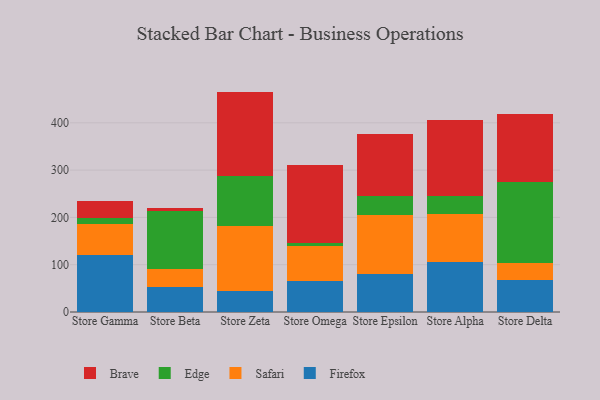
{"axis": {"x": "Store", "y": "Churn Rate (%)"}, "legend": ["Brave", "Edge", "Firefox", "Safari"], "data": [{"x": "Store Gamma", "y": 121.3, "type": "Firefox"}, {"x": "Store Gamma", "y": 64.5, "type": "Safari"}, {"x": "Store Gamma", "y": 12.2, "type": "Edge"}, {"x": "Store Gamma", "y": 36.8, "type": "Brave"}, {"x": "Store Beta", "y": 52.4, "type": "Firefox"}, {"x": "Store Beta", "y": 39.3, "type": "Safari"}, {"x": "Store Beta", "y": 122.3, "type": "Edge"}, {"x": "Store Beta", "y": 6.8, "type": "Brave"}, {"x": "Store Zeta", "y": 44.5, "type": "Firefox"}, {"x": "Store Zeta", "y": 136.8, "type": "Safari"}, {"x": "Store Zeta", "y": 105.4, "type": "Edge"}, {"x": "Store Zeta", "y": 179.3, "type": "Brave"}, {"x": "Store Omega", "y": 65.3, "type": "Firefox"}, {"x": "Store Omega", "y": 74.3, "type": "Safari"}, {"x": "Store Omega", "y": 7.1, "type": "Edge"}, {"x": "Store Omega", "y": 163.2, "type": "Brave"}, {"x": "Store Epsilon", "y": 79.8, "type": "Firefox"}, {"x": "Store Epsilon", "y": 125.8, "type": "Safari"}, {"x": "Store Epsilon", "y": 39.4, "type": "Edge"}, {"x": "Store Epsilon", "y": 130.9, "type": "Brave"}, {"x": "Store Alpha", "y": 106.4, "type": "Firefox"}, {"x": "Store Alpha", "y": 101.5, "type": "Safari"}, {"x": "Store Alpha", "y": 38.2, "type": "Edge"}, {"x": "Store Alpha", "y": 160.4, "type": "Brave"}, {"x": "Store Delta", "y": 68.2, "type": "Firefox"}, {"x": "Store Delta", "y": 34.8, "type": "Safari"}, {"x": "Store Delta", "y": 171.4, "type": "Edge"}, {"x": "Store Delta", "y": 143.2, "type": "Brave"}]}